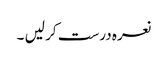
نعرہ درست کر لیں‌ ۔